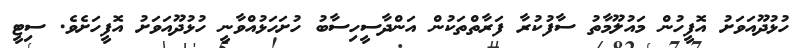
ހުޅުދޫއަވަށު އޮފީހުން މައުލޫމާތު ސާފުކުރާ ފަރާތްތަކުން އަންދާސީހިސާބު ހުށަހަޅުއްވާނީ ހުޅުދޫއަވަށު އޮފީހަށެވެ. ސިޓީ